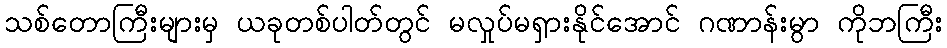
သစ်တောကြီးများမှ ယခုတစ်ပါတ်တွင် မလှုပ်မရှားနိုင်အောင် ဂဏာန်းမွာ ကိုဘကြီး